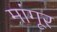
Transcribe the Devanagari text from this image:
मांगूर